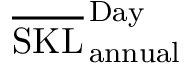
\overline { { \mathrm { S K L } } } _ { \, \mathrm { a n n u a l } } ^ { \, \mathrm { D a y } }